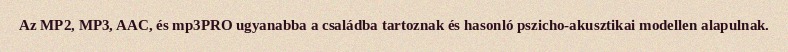
Az MP2, MP3, AAC, és mp3PRO ugyanabba a családba tartoznak és hasonló pszicho-akusztikai modellen alapulnak.